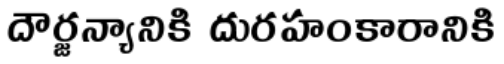
దౌర్జన్యానికి దురహంకారానికి